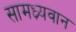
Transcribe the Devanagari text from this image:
सामध्र्यवान